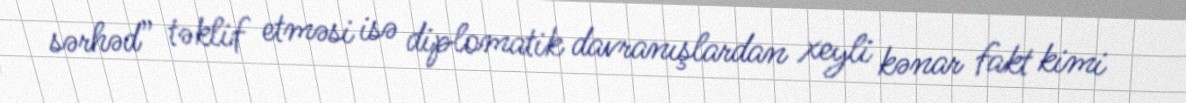
sərhəd” təklif etməsi isə diplomatik davranışlardan xeyli kənar fakt kimi